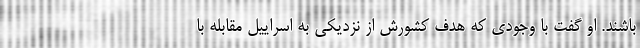
باشند. او گفت با وجودی که هدف کشورش از نزدیکی به اسراییل مقابله با